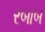
રબાબ